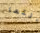
أأنتما